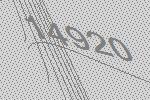
14920